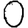
Digit: 0